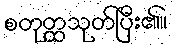
စတုတ္ထသုတ်ပြီး၏။